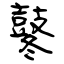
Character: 鼕